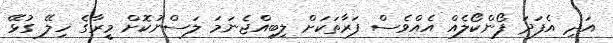
އަދި އެފަދަ ފޯންކޯލެއް އެއްވެސް ފަރާތަކަށް ލިބިއްޖެނަމަ ލަސްނުކޮށް މީރާގެ ހިލޭ ގުޅޭ